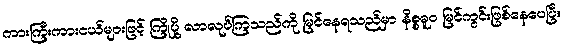
ကားကြီးကားငယ်များဖြင့် ကြိုပို့ လာလုပ်ကြသည်ကို မြင်နေရသည်မှာ နိစ္စဓူဝ မြင်ကွင်းဖြစ်နေပေပြီ။